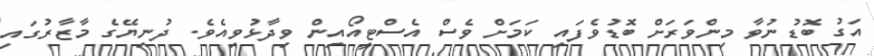
އަގު ބޮޑުނުވާ މިންވަރަށް ބޮޑުވެފައި ކަމަށް ވެސް އެސްޓީއޯއިން ވިދާޅުވިއެވެ. ދުނިޔޭގެ މާޒާރުގައި